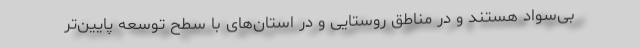
بی‌سواد هستند و در مناطق روستایی و در استان‌های با سطح توسعه پایین‌تر